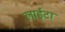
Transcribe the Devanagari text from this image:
लाईटा